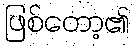
ဖြစ်တော့၏